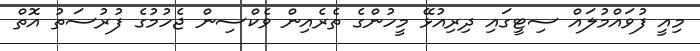
މިއީ ފުވައްމުލައް ސިޓީގައި ދިރިއުޅޭ މީހުންގެ ތެރެއިން ވެކްސިން ޖެހުމުގެ ފުރުސަތު އޮތް